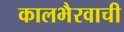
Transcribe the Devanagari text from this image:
कालभैरवाची